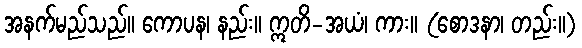
အနက်မည်သည်။ ကောပန၊ နည်း။ ဣတိ-အယံ၊ ကား။ (စောဒနာ၊ တည်း။)